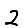
Digit: 2